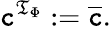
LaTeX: \mathtt{c}^{{\mathfrak{{T}}}_{\Phi}}:={\overline{{{\mathtt{c}}}}}.